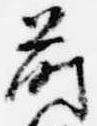
蒔